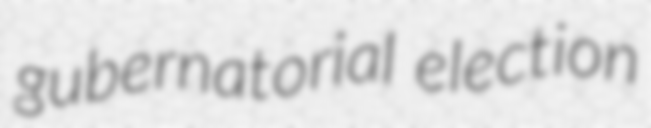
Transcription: gubernatorial election